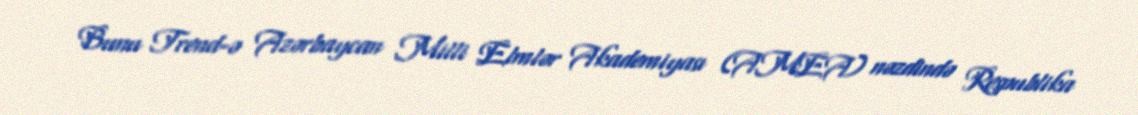
Bunu Trend-ə Azərbaycan Milli Elmlər Akademiyası (AMEA) nəzdində Respublika